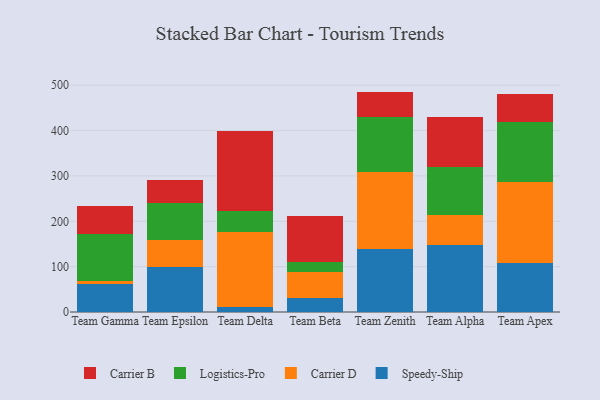
{"axis": {"x": "Team", "y": "Satisfaction Score"}, "legend": ["Carrier B", "Carrier D", "Logistics-Pro", "Speedy-Ship"], "data": [{"x": "Team Gamma", "y": 61.0, "type": "Speedy-Ship"}, {"x": "Team Gamma", "y": 8.4, "type": "Carrier D"}, {"x": "Team Gamma", "y": 102.5, "type": "Logistics-Pro"}, {"x": "Team Gamma", "y": 60.8, "type": "Carrier B"}, {"x": "Team Epsilon", "y": 100.1, "type": "Speedy-Ship"}, {"x": "Team Epsilon", "y": 57.8, "type": "Carrier D"}, {"x": "Team Epsilon", "y": 82.5, "type": "Logistics-Pro"}, {"x": "Team Epsilon", "y": 50.4, "type": "Carrier B"}, {"x": "Team Delta", "y": 11.2, "type": "Speedy-Ship"}, {"x": "Team Delta", "y": 166.2, "type": "Carrier D"}, {"x": "Team Delta", "y": 46.1, "type": "Logistics-Pro"}, {"x": "Team Delta", "y": 176.3, "type": "Carrier B"}, {"x": "Team Beta", "y": 31.3, "type": "Speedy-Ship"}, {"x": "Team Beta", "y": 56.3, "type": "Carrier D"}, {"x": "Team Beta", "y": 23.0, "type": "Logistics-Pro"}, {"x": "Team Beta", "y": 100.8, "type": "Carrier B"}, {"x": "Team Zenith", "y": 139.4, "type": "Speedy-Ship"}, {"x": "Team Zenith", "y": 168.5, "type": "Carrier D"}, {"x": "Team Zenith", "y": 122.9, "type": "Logistics-Pro"}, {"x": "Team Zenith", "y": 55.2, "type": "Carrier B"}, {"x": "Team Alpha", "y": 146.8, "type": "Speedy-Ship"}, {"x": "Team Alpha", "y": 66.4, "type": "Carrier D"}, {"x": "Team Alpha", "y": 106.8, "type": "Logistics-Pro"}, {"x": "Team Alpha", "y": 110.5, "type": "Carrier B"}, {"x": "Team Apex", "y": 107.3, "type": "Speedy-Ship"}, {"x": "Team Apex", "y": 178.6, "type": "Carrier D"}, {"x": "Team Apex", "y": 133.1, "type": "Logistics-Pro"}, {"x": "Team Apex", "y": 62.8, "type": "Carrier B"}]}